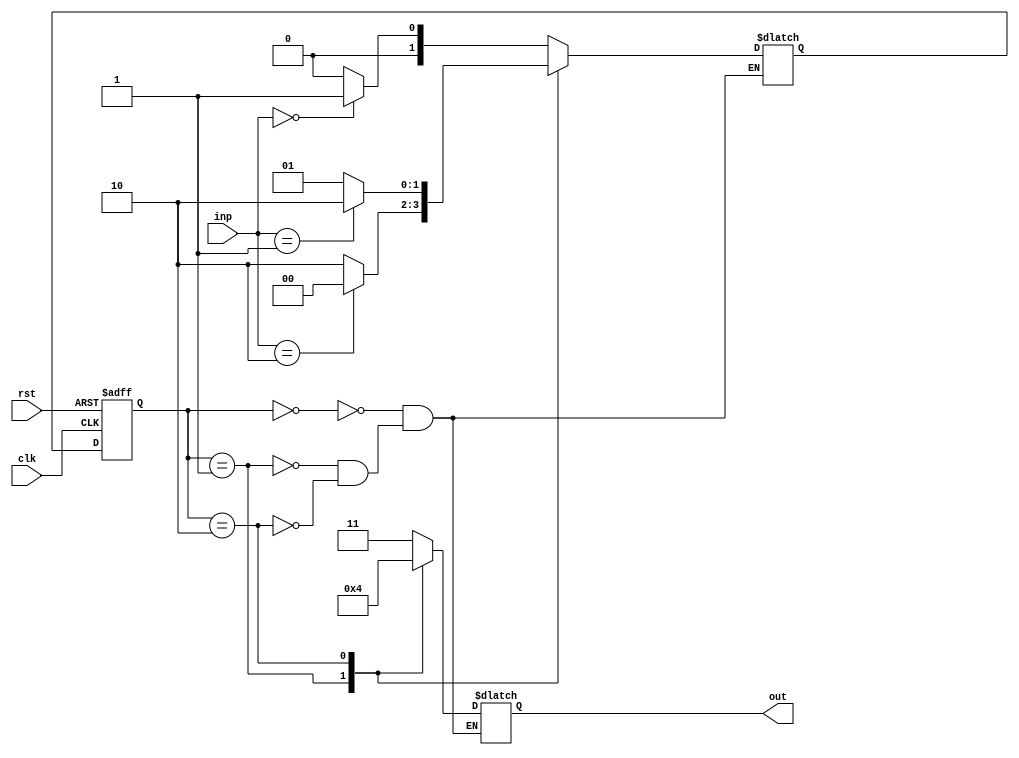
module Moore_State_Machine (
    input wire clk,
    input wire rst,
    input wire [1:0] inp,
    output reg [1:0] out
);

// states
parameter S0 = 2'b00;
parameter S1 = 2'b01;
parameter S2 = 2'b10;

// state register
reg [1:0] state_reg, next_state;

always @(posedge clk or posedge rst) begin
    if (rst) begin
        state_reg <= S0;
    end else begin
        state_reg <= next_state;
    end
end

// combinational logic for next state
always @* begin
    case (state_reg)
        S0: begin
            if (inp == 2'b00)
                next_state = S1;
            else
                next_state = S0;
        end
        S1: begin
            if (inp == 2'b10)
                next_state = S0;
            else
                next_state = S2;
        end
        S2: begin
            if (inp == 2'b01)
                next_state = S2;
            else
                next_state = S1;
        end
    endcase
end

// output logic
always @* begin
    case (state_reg)
        S0: out = 2'b11;
        S1: out = 2'b01;
        S2: out = 2'b00;
    endcase
end

endmodule